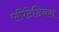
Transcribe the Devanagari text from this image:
एपिटेडियश